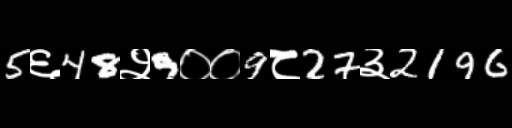
Text: 5६48२9००9८27३2196